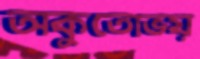
অকুতোভয়